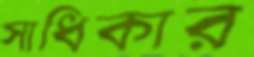
সাধিকার